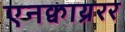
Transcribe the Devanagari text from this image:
एनक्वाय्ररर